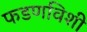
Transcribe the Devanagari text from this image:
फडणविशी